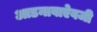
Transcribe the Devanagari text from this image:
आडनावाऐवजी